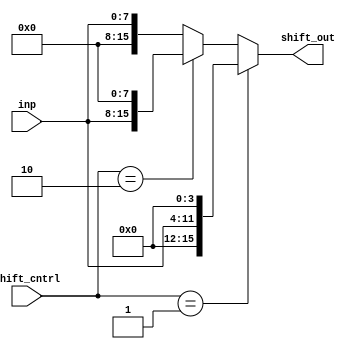
module shifter (

	input				  [7:0]				inp 			  ,
	input 			  [1:0]				shift_cntrl ,
	output reg  	[15:0]			shift_out 


);
	
	always @(*) begin
			
		if	(shift_cntrl == 2'b01)
			shift_out = {4'b0000, inp, 4'b0000};
		else if	(shift_cntrl == 2'b10)
			shift_out = {inp, 8'b0000_0000};
		else
			shift_out = {8'b0000_0000, inp};
			
	end
			
endmodule